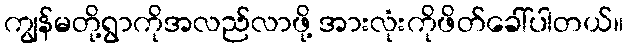
ကျွန်မတို့ရွာကိုအလည်လာဖို့ အားလုံးကိုဖိတ်ခေါ်ပါတယ်။